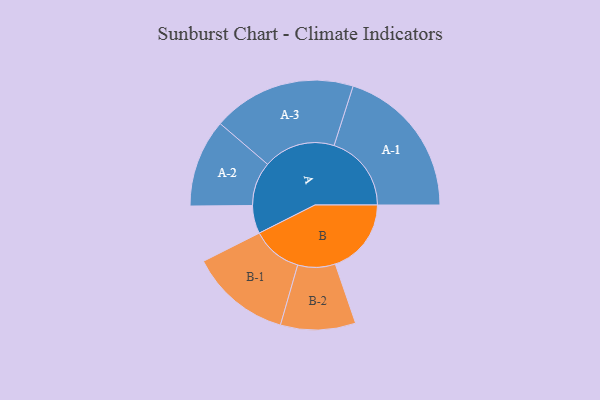
{"axis": {"x": "Segment", "y": "Value"}, "legend": ["", "A", "B"], "data": [{"x": "A", "y": 108, "type": ""}, {"x": "B", "y": 292, "type": ""}, {"x": "A-1", "y": 297, "type": "A"}, {"x": "A-2", "y": 169, "type": "A"}, {"x": "A-3", "y": 276, "type": "A"}, {"x": "B-1", "y": 194, "type": "B"}, {"x": "B-2", "y": 144, "type": "B"}]}